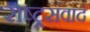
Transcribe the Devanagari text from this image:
राष्ट्रसंवाद